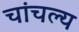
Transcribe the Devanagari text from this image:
चांचल्य